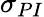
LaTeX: \sigma_{PI}